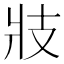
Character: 𭣖